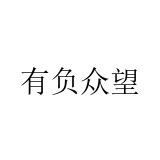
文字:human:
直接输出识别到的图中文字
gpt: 有负众望